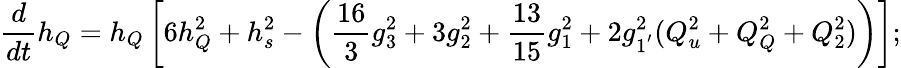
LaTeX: \frac{d}{dt}h_{Q}=h_{Q}\left[6h_{Q}^{2}+h_{s}^{2}-\left(\frac{16}{3}g_{3}^{2}+3g_{2}^{2}+\frac{13}{15}g_{1}^{2}+2g_{1^{'}}^{2}(Q_{u}^{2}+Q_{Q}^{2}+Q_{2}^{2})\right)\right];